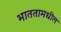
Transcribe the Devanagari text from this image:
भाततामधील